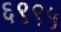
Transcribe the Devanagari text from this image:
६९९५